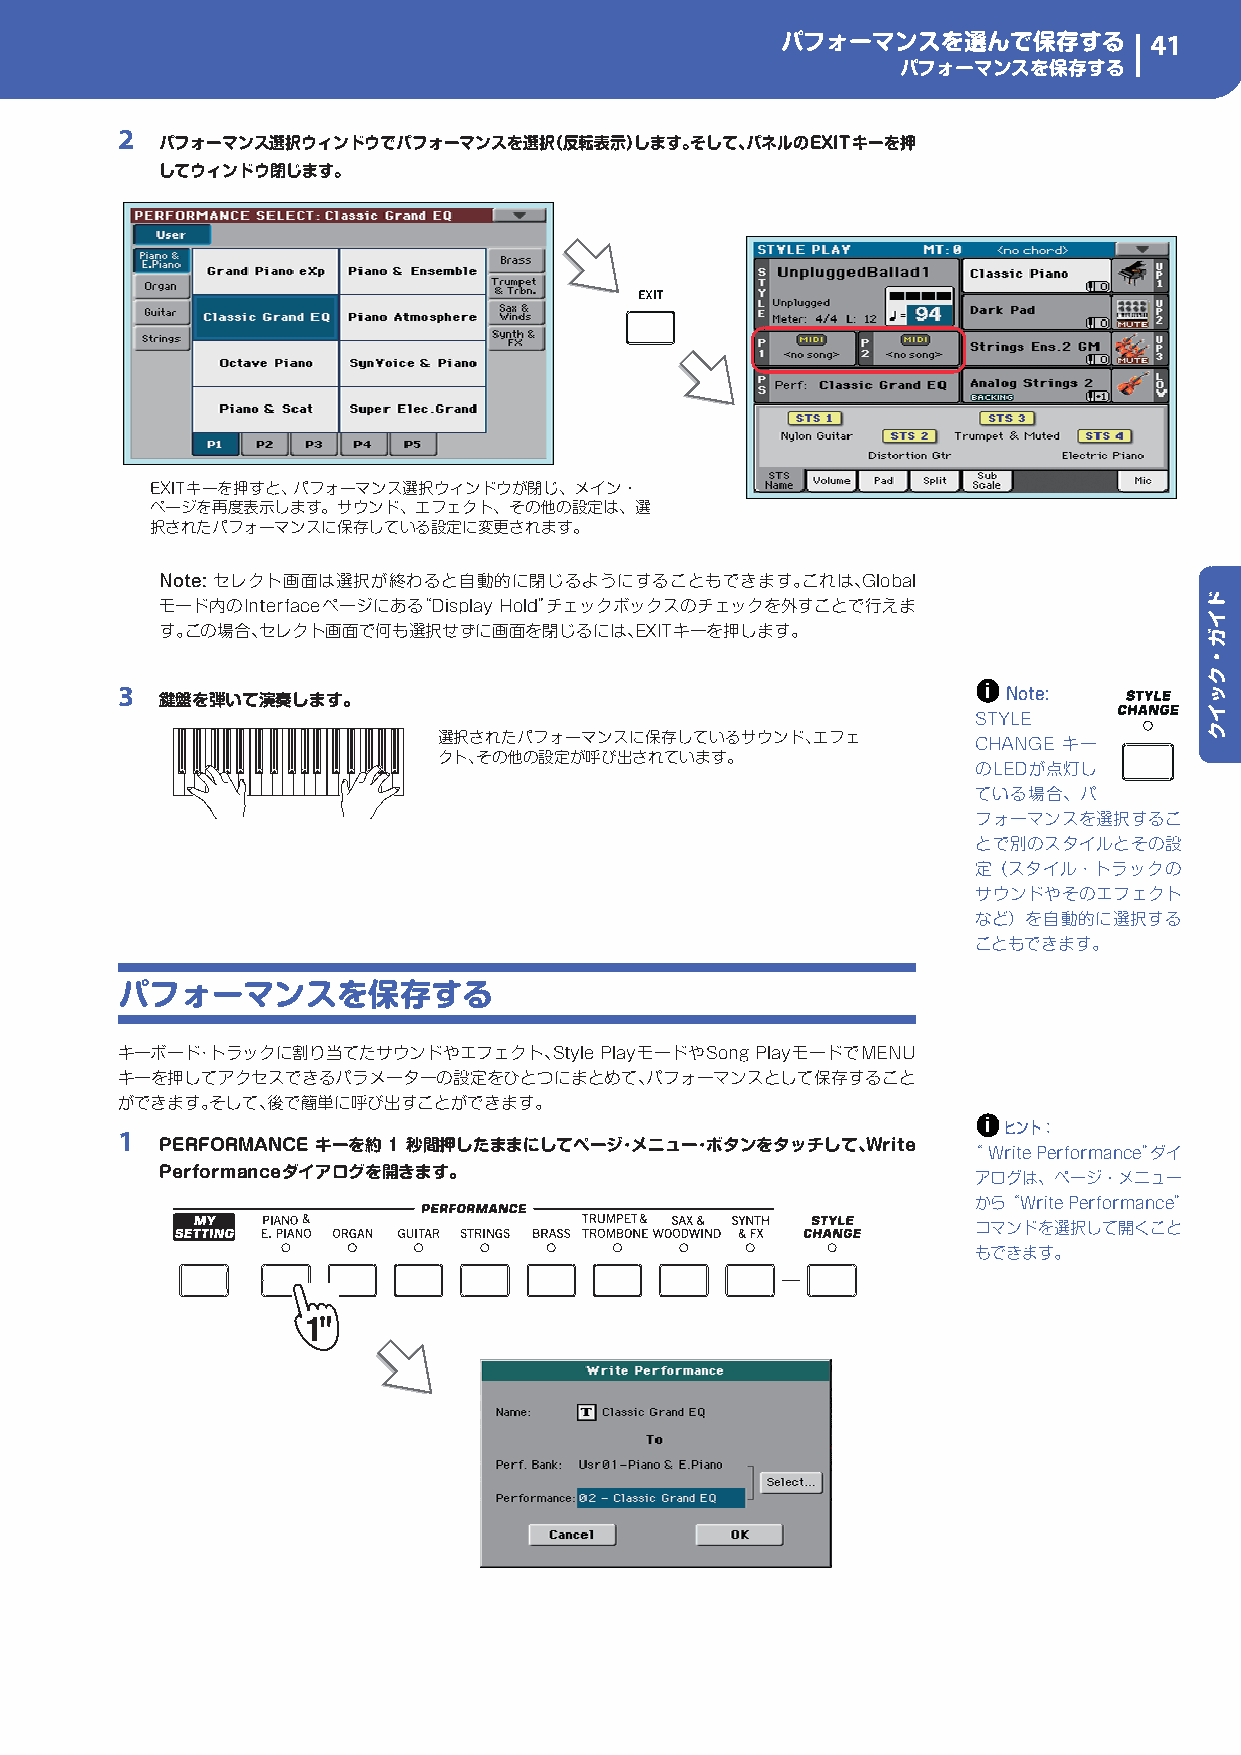
パフォーマンスを選んで保存する         41
 パフォーマンスを保存する
 2
 パフォーマンス選択ウィンドウでパフォーマンスを選択（反転表示）します。そして、パネルのEXITキーを押
 してウィンドウ閉じます。
 EXITキーを押すと、 パフォーマンス選択ウィンドウが閉じ、メイン・
 ページを再度表示します。サウンド、エフェクト、その他の設定は、選
 択されたパフォーマンスに保存している設定に変更されます。
 Note: セレクト画面は選択が終わると自動的に閉じるようにすることもできます。これは、Global
 モード内のInterfaceページにある“Display Hold”チェックボックスのチェックを外すことで行えま
 す。この場合、セレクト画面で何も選択せずに画面を閉じるには、EXITキーを押します。
 3  鍵盤を弾いて演奏します。                                          i Note:
 STYLE
 選択されたパフォーマンスに保存しているサウンド、エフェ         CHANGE キー
 クト、その他の設定が呼び出されています。
 のLEDが点灯し
 ている場合、パ
 フォーマンスを選択するこ
 とで別のスタイルとその設
 定（スタイル・トラックの
 サウンドやそのエフェクト
 など）を自動的に選択する
 こともできます。
 パフォーマンスを保存する
 キーボード・トラックに割り当てたサウンドやエフェクト、Style PlayモードやSong PlayモードでMENU
 キーを押してアクセスできるパラメーターの設定をひとつにまとめて、パフォーマンスとして保存すること
 ができます。そして、後で簡単に呼び出すことができます。
 i
 1                                                         ヒント：
 PERFORMANCE キーを約 1 秒間押したままにしてページ･メニュー･ボタンをタッチして、Write
 “ Write Performance”ダイ
 Performanceダイアログを開きます。                                アログは、ページ・メニュー
 から“Write Performance”
 コマンドを選択して開くこと
 もできます。
 ドイガ・クッイク